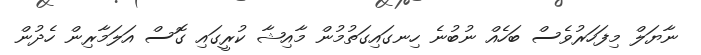
ނާޔަލް މިފަހަރުވެސް ބަހެއް ނުބުނެ ހިނގައިގަތުމުން މާއިޝާ ކުރީގައި ގޮސް އަލަމާރިން ހެދުން